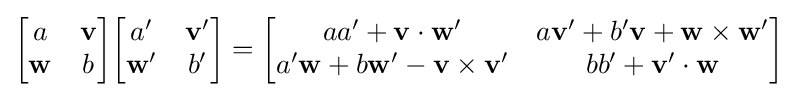
{\begin{bmatrix}a&\mathbf {v} \\\mathbf {w} &b\end{bmatrix}}{\begin{bmatrix}a'&\mathbf {v} '\\\mathbf {w} '&b'\end{bmatrix}}={\begin{bmatrix}aa'+\mathbf {v} \cdot \mathbf {w} '&a\mathbf {v} '+b'\mathbf {v} +\mathbf {w} \times \mathbf {w} '\\a'\mathbf {w} +b\mathbf {w} '-\mathbf {v} \times \mathbf {v} '&bb'+\mathbf {v} '\cdot \mathbf {w} \end{bmatrix}}